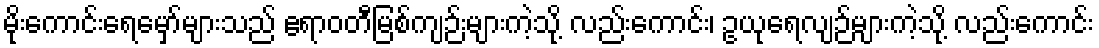
မိုးကောင်းရေမှော်များသည် ဧရာဝတီမြစ်ကျဉ်းများကဲ့သို့ လည်းကောင်း၊ ဥယုရေလျဉ်များကဲ့သို့ လည်းကောင်း